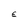
Character: E